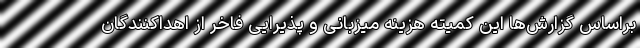
براساس گزارش‌‌ها این کمیته هزینه میزبانی و پذیرایی فاخر از اهداکنندگان